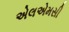
એલએમસી